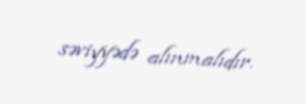
səviyyədə alınmalıdır.